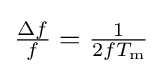
{\textstyle {\frac {\Delta f}{f}}={\frac {1}{2fT_{\text{m}}}}}